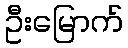
ဦးမြောက်